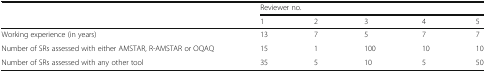
| <ROWSPAN=2>  | <COLSPAN=5> Reviewer no. |
 | 1 | 2 | 3 | 4 | 5 |
 | --- | --- | --- | --- | --- | --- |
 | Working experience (in years) | 13 | 7 | 5 | 7 | 7 |
 | Number of SRs assessed with either AMSTAR, R-AMSTAR or OQAQ | 15 | 1 | 100 | 10 | 10 |
 | Number of SRs assessed with any other tool | 35 | 5 | 10 | 5 | 50 |